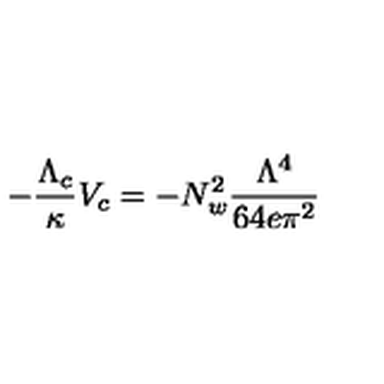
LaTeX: - \frac { \Lambda _ { c } } { \kappa } V _ { c } = - N _ { w } ^ { 2 } \frac { \Lambda ^ { 4 } } { 6 4 e \pi ^ { 2 } }